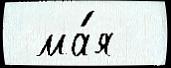
 ма́я